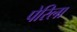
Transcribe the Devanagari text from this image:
पेरिला